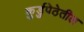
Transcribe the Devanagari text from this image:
कुर्डुपेठेतील